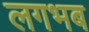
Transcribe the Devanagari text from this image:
लगभब